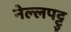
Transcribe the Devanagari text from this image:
नेल्‍लपट्टु